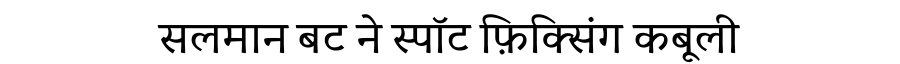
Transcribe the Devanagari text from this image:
सलमान बट ने स्पॉट फ़िक्सिंग कबूली